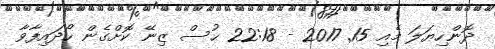
ދޮންހިޔަލަ މެއި 15